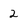
Character: 2